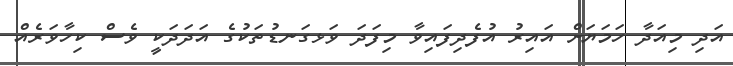
އަދި މިއަދާ ހަމަޔަށް އައިރު އުފެދިފައިވާ މިފަދަ ވަޅގަނޑުތަކުގެ އަދަދަކީ ވެސް ކިހާވަރެއް